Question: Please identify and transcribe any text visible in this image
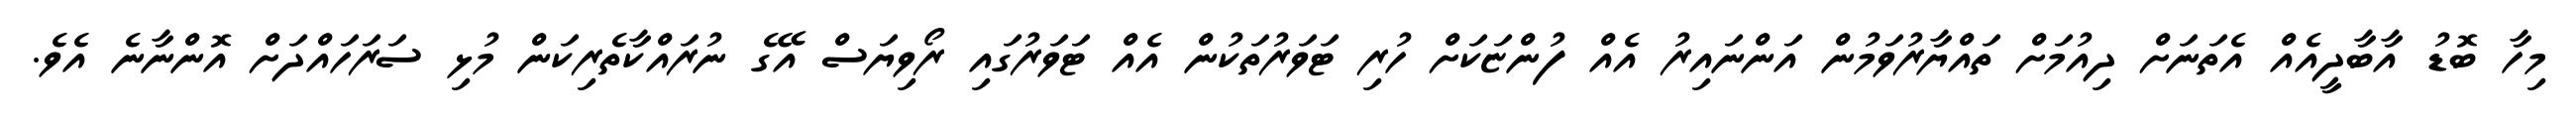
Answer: މިހާ ބޮޑު އާބާދީއެއް އެތަނަށް ދިއުމަށް ތައްޔާރުވަމުން އަންނައިރު އެއް ފުންޏަކަށް ހުރި ޓަވަރުތަކުން އެއް ޓަވަރުގައި ރޯވިޔަސް އޭގެ ނުރައްކާތެރިކަން މުޅި ސަރަހައްދަށް އޮންނާނެ އެވެ.